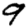
Digit: 9